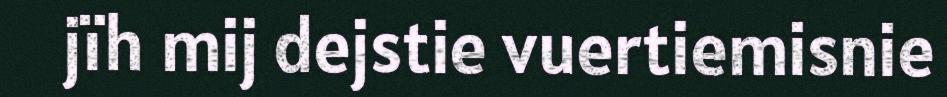
jïh mij dejstie vuertiemisnie